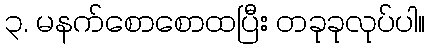
၃. မနက်စောစောထပြီး တခုခုလုပ်ပါ။